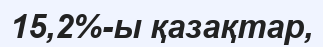
15,2%-ы қазақтар,